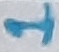
Text: 1